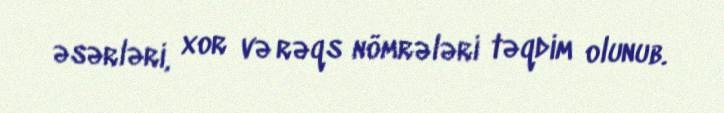
əsərləri, xor və rəqs nömrələri təqdim olunub.